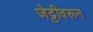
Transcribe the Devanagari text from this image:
जेट्टीवरून